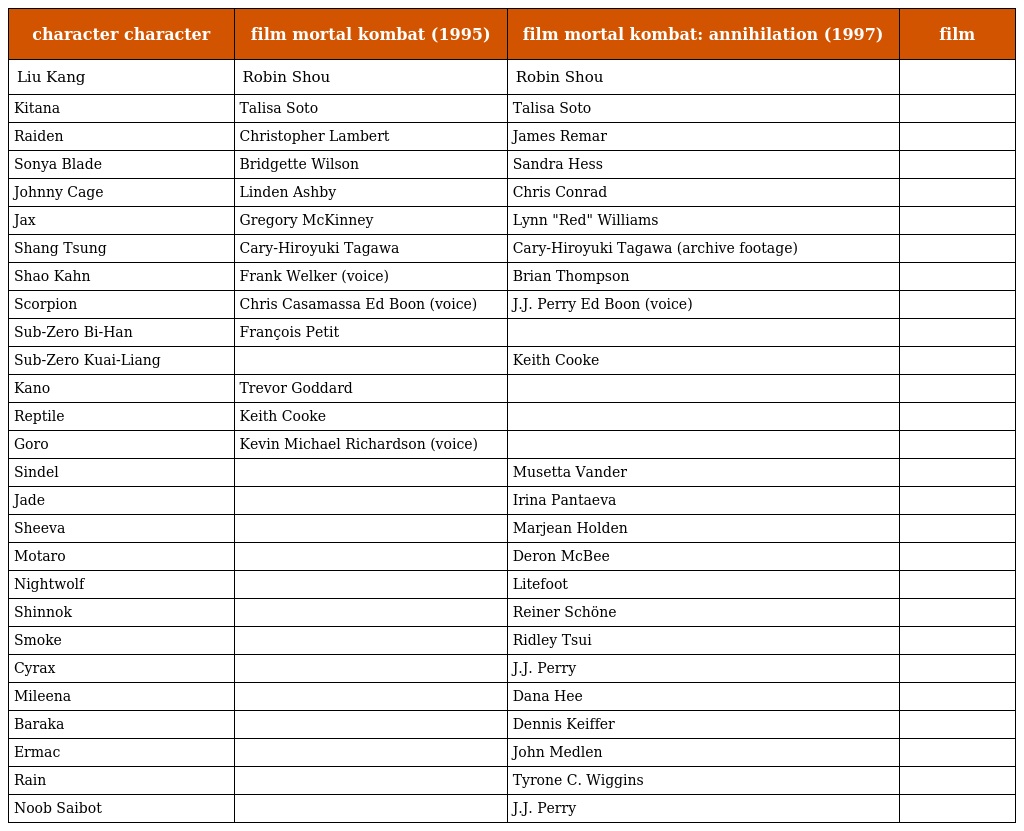
| character character | film mortal kombat (1995) | film mortal kombat: annihilation (1997) | film |
 | --- | --- | --- | --- |
 | Liu Kang | Robin Shou | Robin Shou |  |
 | Kitana | Talisa Soto | Talisa Soto |  |
 | Raiden | Christopher Lambert | James Remar |  |
 | Sonya Blade | Bridgette Wilson | Sandra Hess |  |
 | Johnny Cage | Linden Ashby | Chris Conrad |  |
 | Jax | Gregory McKinney | Lynn "Red" Williams |  |
 | Shang Tsung | Cary-Hiroyuki Tagawa | Cary-Hiroyuki Tagawa (archive footage) |  |
 | Shao Kahn | Frank Welker (voice) | Brian Thompson |  |
 | Scorpion | Chris Casamassa Ed Boon (voice) | J.J. Perry Ed Boon (voice) |  |
 | Sub-Zero Bi-Han | François Petit |  |  |
 | Sub-Zero Kuai-Liang |  | Keith Cooke |  |
 | Kano | Trevor Goddard |  |  |
 | Reptile | Keith Cooke |  |  |
 | Goro | Kevin Michael Richardson (voice) |  |  |
 | Sindel |  | Musetta Vander |  |
 | Jade |  | Irina Pantaeva |  |
 | Sheeva |  | Marjean Holden |  |
 | Motaro |  | Deron McBee |  |
 | Nightwolf |  | Litefoot |  |
 | Shinnok |  | Reiner Schöne |  |
 | Smoke |  | Ridley Tsui |  |
 | Cyrax |  | J.J. Perry |  |
 | Mileena |  | Dana Hee |  |
 | Baraka |  | Dennis Keiffer |  |
 | Ermac |  | John Medlen |  |
 | Rain |  | Tyrone C. Wiggins |  |
 | Noob Saibot |  | J.J. Perry |  |